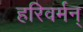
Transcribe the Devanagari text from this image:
हरिवर्मन्‌